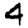
Digit: 4